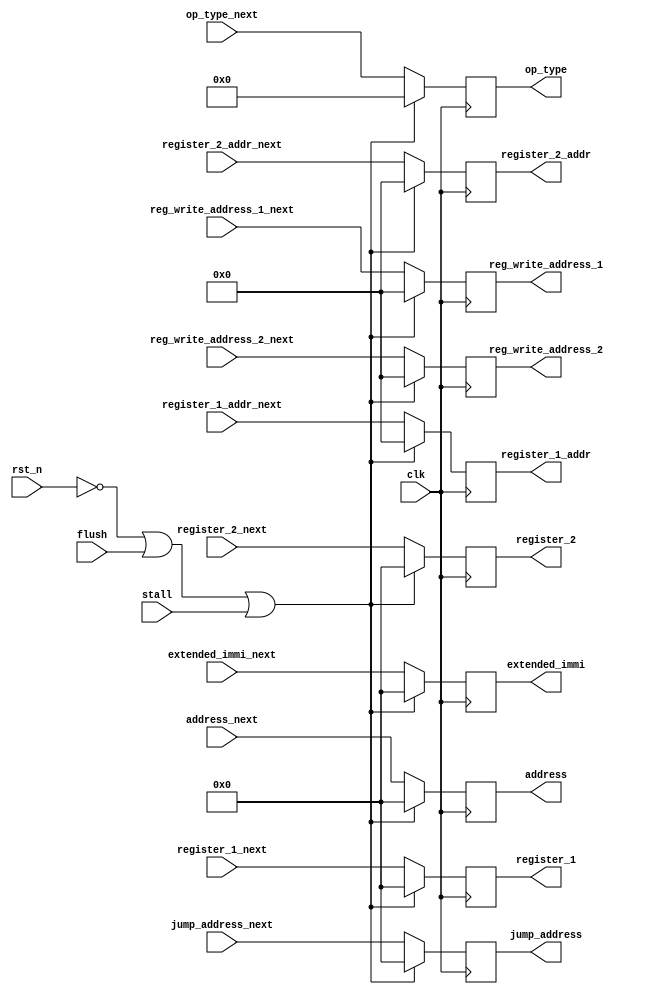
module ID2EX_reg (
    input clk,
    input rst_n,
    input flush,
    input stall,
    input [3:0] op_type_next,
    input [31:0] address_next,
    input [31:0] register_1_next,
    input [31:0] register_2_next,
    input [31:0] extended_immi_next,
    input [4:0] reg_write_address_1_next,
    input [4:0] reg_write_address_2_next,
    input [31:0] jump_address_next,
    input [4:0] register_1_addr_next, register_2_addr_next,

    output reg [3:0] op_type,
    output reg [31:0] address,
    output reg [31:0] register_1,
    output reg [31:0] register_2,
    output reg [31:0] extended_immi,
    output reg [4:0] reg_write_address_1,
    output reg [4:0] reg_write_address_2,
    output reg [31:0] jump_address,
    output reg [4:0] register_1_addr, 
    output reg [4:0] register_2_addr
);
    
    always @(posedge clk) begin
        if ((!rst_n)|flush|stall) begin
            op_type <= 0;
            address <= 0;
            register_1 <= 0;
            register_2 <= 0;
            extended_immi <= 0;
            reg_write_address_1 <= 0;
            reg_write_address_2 <= 0;
            jump_address <= 0;
            register_1_addr <= 0;
            register_2_addr <= 0;
        end
        else begin
            op_type <= op_type_next;
            address <= address_next;
            register_1 <= register_1_next;
            register_2 <= register_2_next;
            extended_immi <= extended_immi_next;
            reg_write_address_1 <= reg_write_address_1_next;
            reg_write_address_2 <= reg_write_address_2_next;
            jump_address <= jump_address_next;
            register_1_addr <= register_1_addr_next;
            register_2_addr <= register_2_addr_next;
        end
    end

endmodule